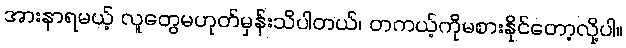
အားနာရမယ့် လူတွေမဟုတ်မှန်းသိပါတယ်၊ တကယ့်ကိုမစားနိုင်တော့လို့ပါ။